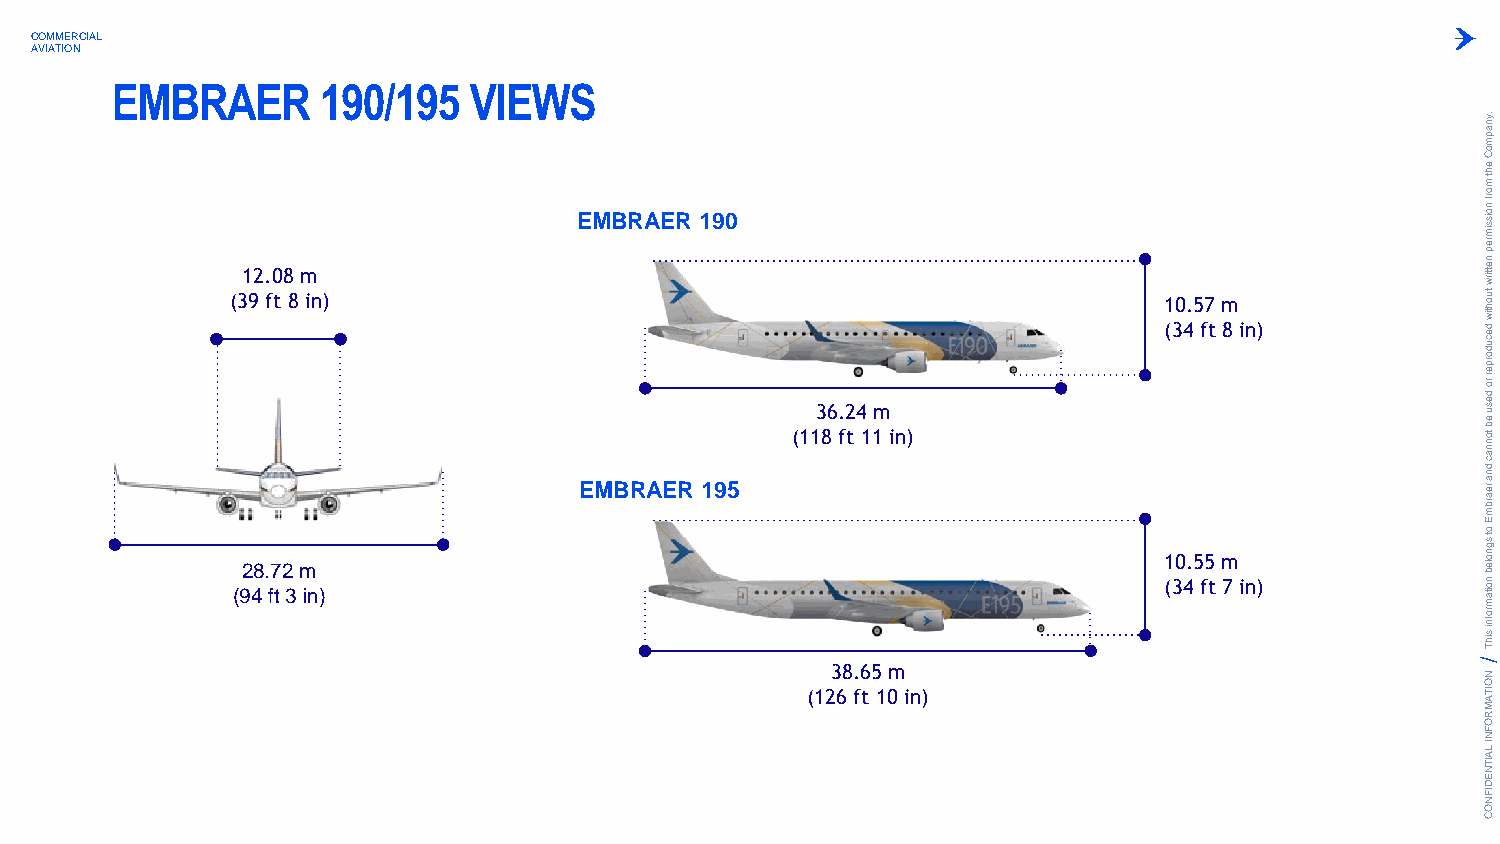
COMMERCIAL
 AVIATION
 EMBRAER       190/195   VIEWS
 .ynapm
 oC
 eht
 m
 EMBRAER 190
 orf
 noissim
 rep
 12.08 m
 nettirw
 (39 ft 8 in)                                                  10.57 m              tuohtiw
 EMBRAER 195
 (113 86 . f2
 t
 4
 1
 1m
 in)
 (34 ft 8 in)         decudorper
 ro
 desu
 eb
 tonnac
 dna
 rearbm
 E
 (92 48 . f7
 t
 2
 3
 m
 in)
 1 (30 4.5 f5
 t
 m
 7 in)
 ot
 sgnoleb
 noitam
 rofni
 sihT
 38.65 m
 N
 O
 (126 ft 10 in)                               ITA
 M
 R
 O
 F
 N
 I LA
 IT
 N
 E
 D
 IF
 N
 O
 C